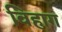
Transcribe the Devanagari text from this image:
विहाग